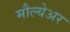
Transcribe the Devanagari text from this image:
मौल्येअर